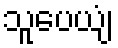
သူပေယျံ